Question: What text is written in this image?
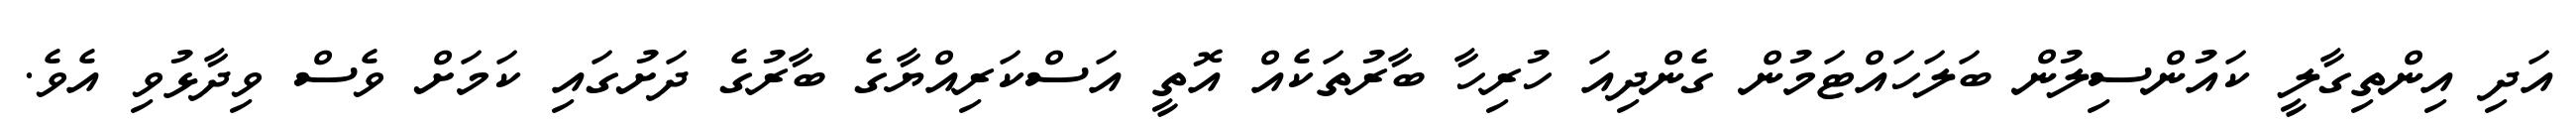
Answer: އަދި އިންތިގާލީ ކައުންސިލުން ބަލަހައްޓަމުން ގެންދިއަ ހުރިހާ ބާރުތަކެއް އޮތީ އަސްކަރިއްޔާގެ ބާރުގެ ދަށުގައި ކަމަށް ވެސް ވިދާޅުވި އެވެ.